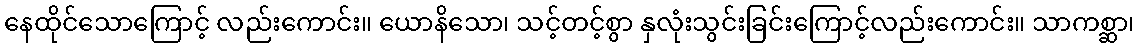
နေထိုင်သောကြောင့် လည်းကောင်း။ ယောနိသော၊ သင့်တင့်စွာ နှလုံးသွင်းခြင်းကြောင့်လည်းကောင်း။ သာကစ္ဆာ၊